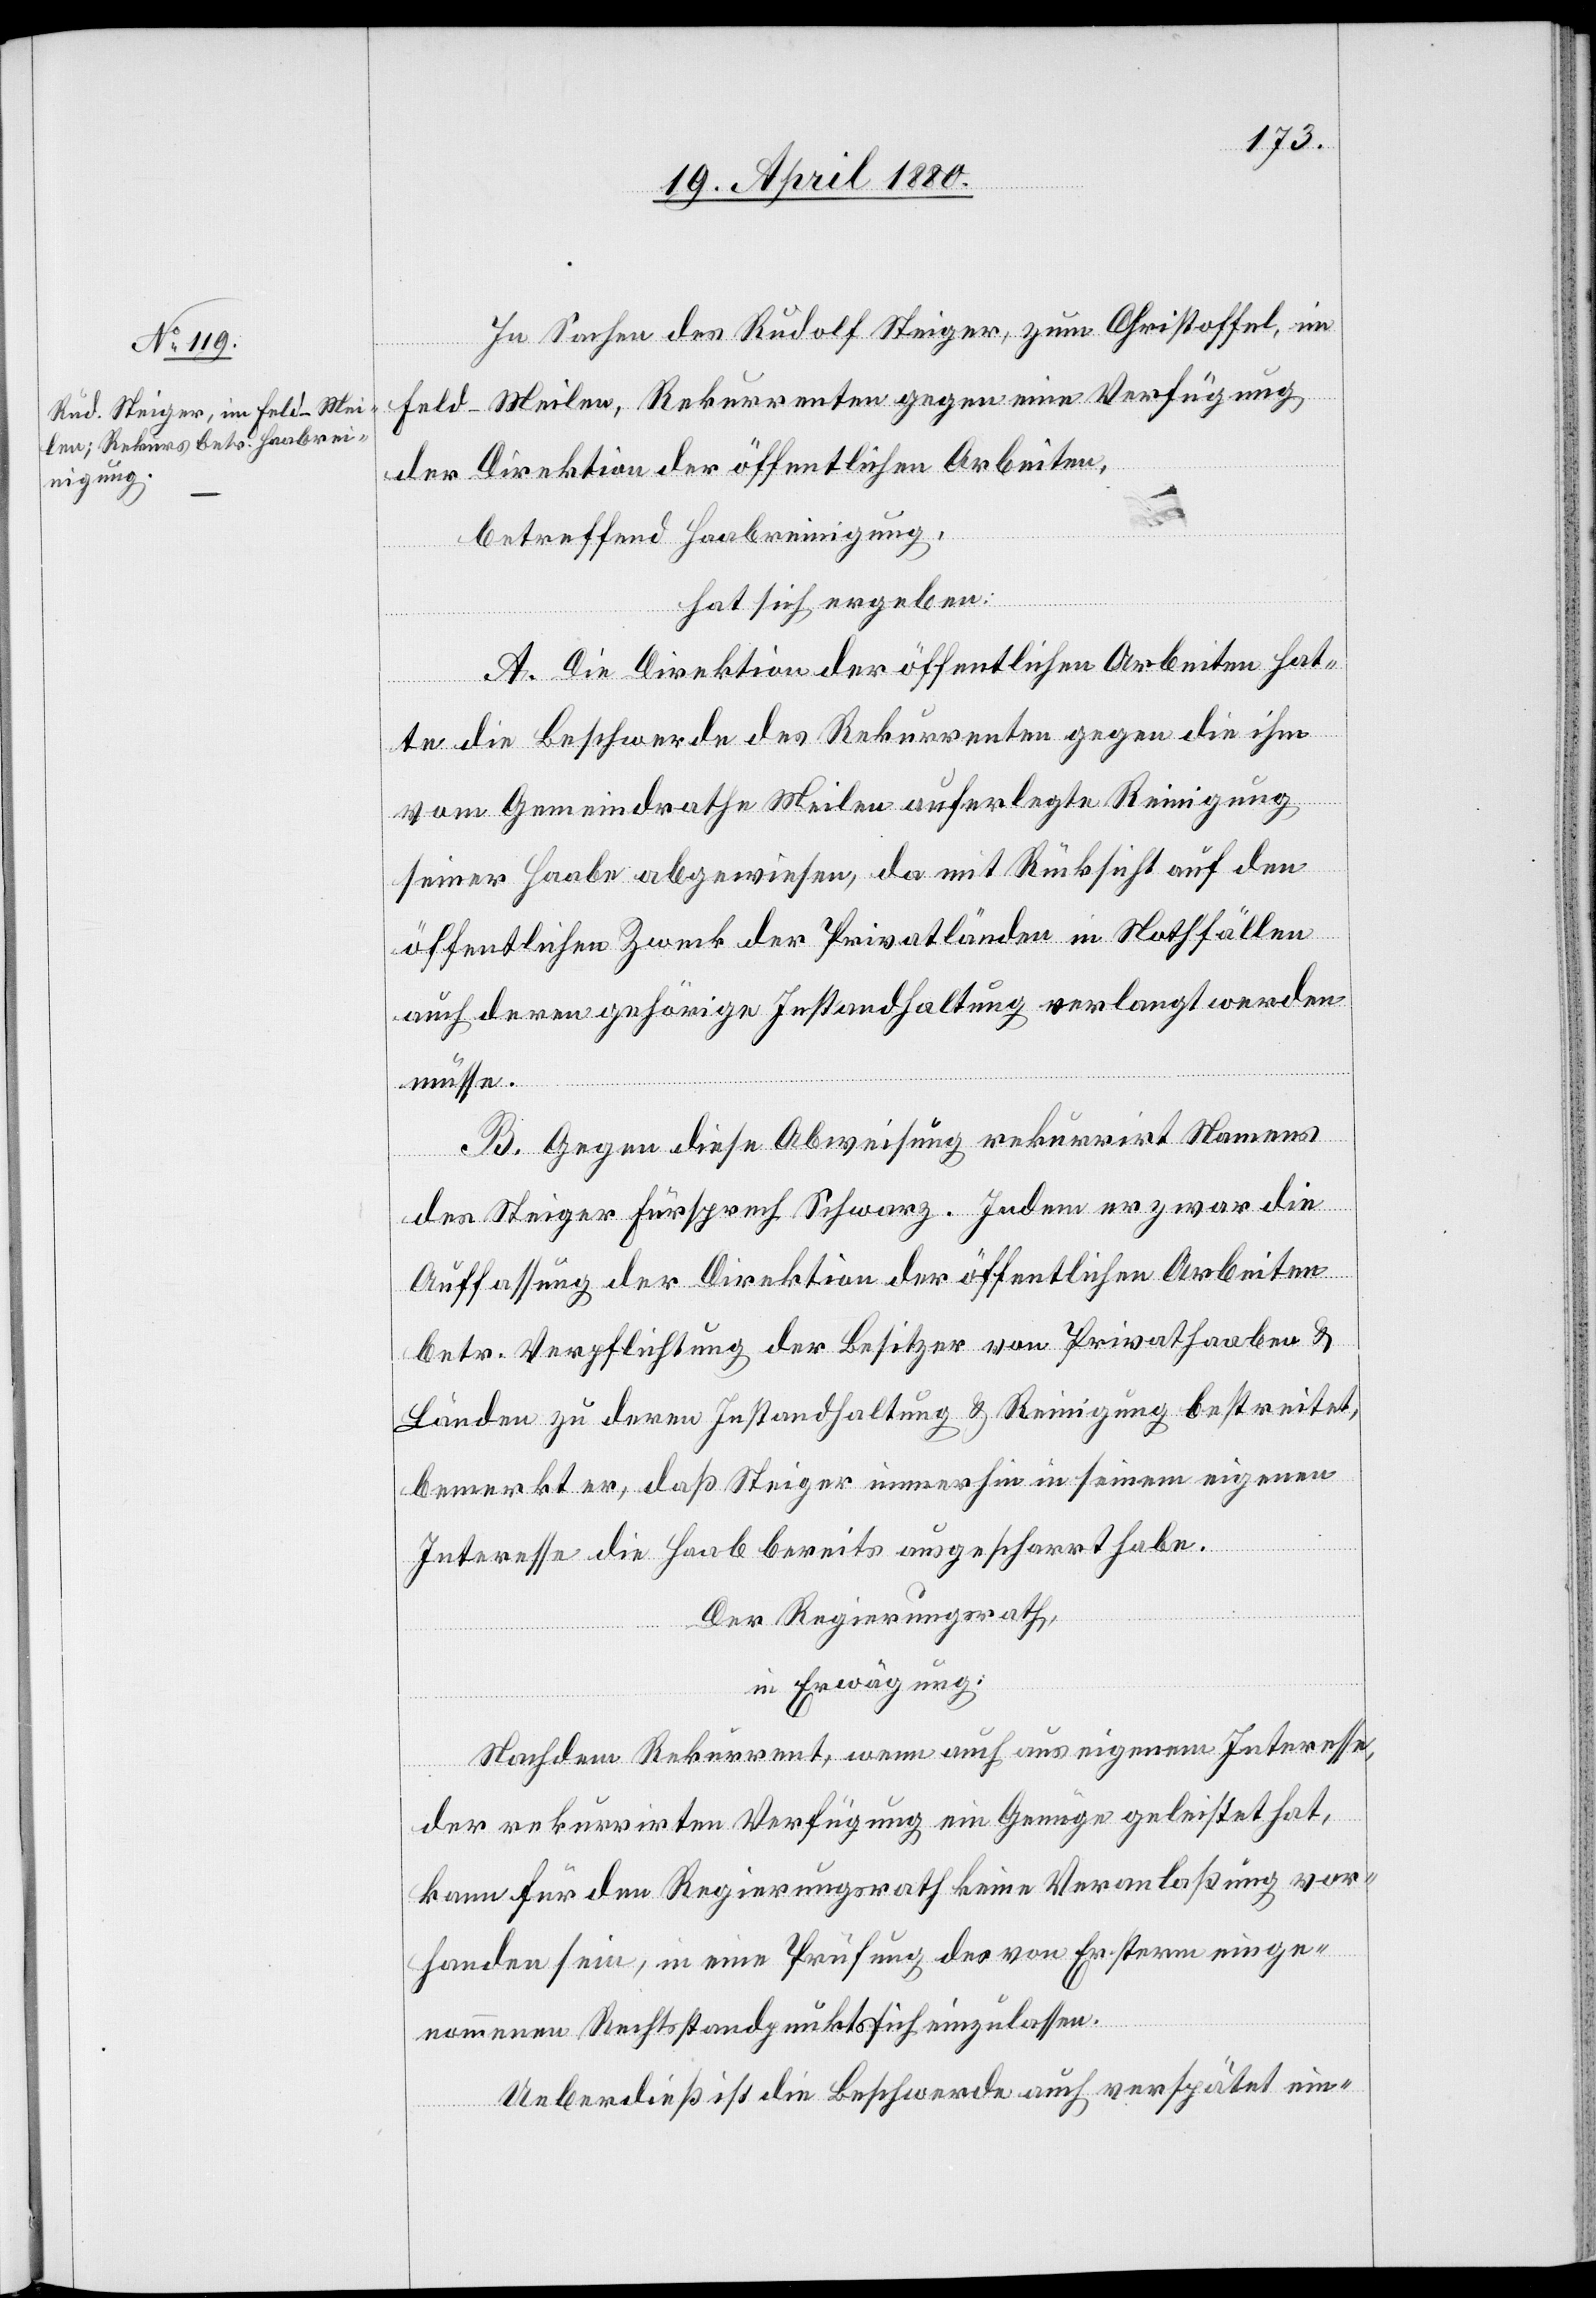
In Sachen des Rudolf Steiger, zum Christoffel, im
Feld - Meilen, Rekurrenten gegen eine Verfügung
der Direktion der öffentlichen Arbeiten,
betreffend Haabreinigung,
hat sich ergeben:
A. Die Direktion der öffentlichen Arbeiten hat¬
te die Beschwerde des Rekurrenten gegen die ihm
vom Gemeindrathe Meilen auferlegte Reinigung
seiner Haabe abgewiesen, damit Rücksicht auf den
öffentlichen Zweck der Privatländer in Nothfällen
auch deren gehörige Instandhaltung verlangt werden
müsse.
B. Gegen diese Abweisung rekurrirt Namens
des Steiger Fürsprech Schwarz. Indem er zwar die
Auffassung der Direktion der öffentlichen Arbeiten
betr. Verpflichtung der Besitzer von Privathaaben &
Ländern zu deren Instandhaltung & Reinigung bestreitet,
bemerkt er, daß Steiger immerhin in seinem eigenen
Interesse die Haab bereits ausgescharrt habe.
Der Regierungsrath,
in Erwägung:
Nachdem Rekurrent, wenn auch aus eigenem Interesse,
der rekurrirten Verfügung ein Genüge geleistet hat,
kann für den Regierungsrath keine Veranlaßung vor¬
handen sein, in eine Prüfung des von Ersterm einge¬
nommenen Rechtsstandpunkt sich einzulassen.
Ueberdieß ist die Beschwerde auch verspätet ein-